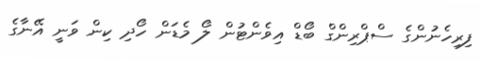
ފިރިހެނުންގެ ސްޕްރިންގް ބޯޑް އިވެންޓުން ލޯ މެޑަން ހޯދި ކިން ވަނީ އޭނާގެ